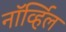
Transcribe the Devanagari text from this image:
नॉर्व्हिल